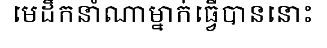
មេដឹកនាំណាម្នាក់ធ្វើបាននោះ